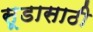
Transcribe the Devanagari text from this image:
सूडासाठी